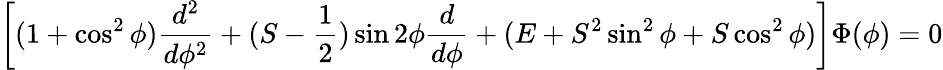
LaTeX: \left[(1+\cos^{2}\phi)\frac{d^{2}}{d\phi^{2}}+(S-\frac{1}{2})\sin 2\phi\frac{d}{d\phi}+(E+S^{2}\sin^{2}\phi+S\cos^{2}\phi)\right]\Phi(\phi)=0